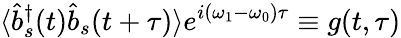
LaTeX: \langle{\hat{b}}_{s}^{\dagger}(t){\hat{b}}_{s}(t+\tau)\rangle e^{i(\omega_{1}-\omega_{0})\tau}\equiv g(t,\tau)